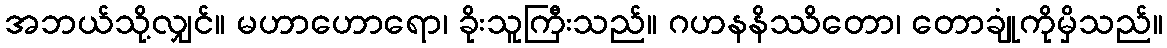
အဘယ်သို့လျှင်။ မဟာဟောရော၊ ခိုးသူကြီးသည်။ ဂဟနနိဿိတော၊ တောချုံကိုမှိသည်။